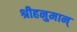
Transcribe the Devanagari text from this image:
श्रीहनुमान्